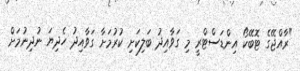
"ރާއްޖޭގެ ޓޮބޭކޯ އިންޑަސްޓްރީ މި ގަވާއިދު ބަލިކަށި ކުރުމަށާ ގަވާއިދު ހެދިޔަ ނުދިނުމަށް